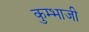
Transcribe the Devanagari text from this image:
कुम्भाजी